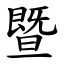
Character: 暨